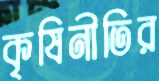
কৃষিনীতির